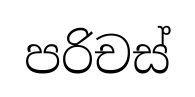
පරිචස්